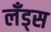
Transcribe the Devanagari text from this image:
लँड्स